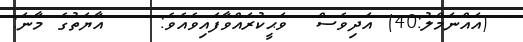
' (އައްނަމްލު:40) އަދިވެސް  ވަޙީކުރައްވާފައިވެއެވެ:    އާޔަތުގެ މާނަ: